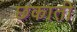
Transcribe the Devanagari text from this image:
छकाती